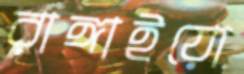
রাঙ্গাইয়ো